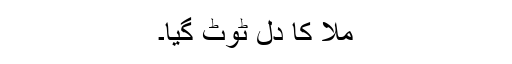
ملّا کا دل ٹوٹ گیا۔